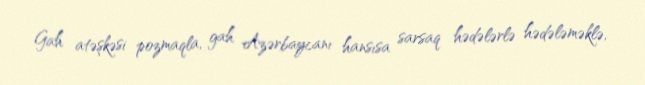
Gah atəşkəsi pozmaqla, gah Azərbaycanı hansısa sarsaq hədələrlə hədələməklə,